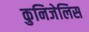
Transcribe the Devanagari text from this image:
कुनिजेलिस